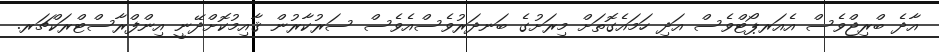
އާދެ ބްރިޖްވެސް އެއަރޕޯޓްވެސް އަދި ހަމައެގޮތަށް މިރަށުގެ ބަނދަރުވެސްއެވެސް ސަރުކާރުން ޤާއިމުކޮށްދޭނީ އިންފްރާސްޓްރަކްޗަރ.